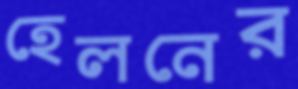
হেলনের